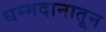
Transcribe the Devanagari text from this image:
धम्मदानातून